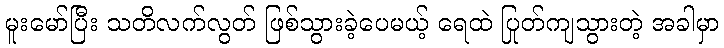
မူးမော်ပြီး သတိလက်လွတ် ဖြစ်သွားခဲ့ပေမယ့် ရေထဲ ပြုတ်ကျသွားတဲ့ အခါမှာ